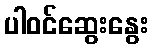
ပါဝင်ဆွေးနွေး